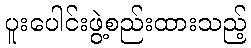
ပူးပေါင်းဖွဲ့စည်းထားသည့်